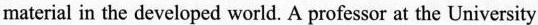
material in the developed world. A professor at the University